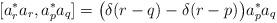
LaTeX: \begin{align*} [ a_r^*a_r, a_p^* a_q ] = \big( \delta ( r - q ) - \delta(r - p ) \big) a_p^* a_q \end{align*}